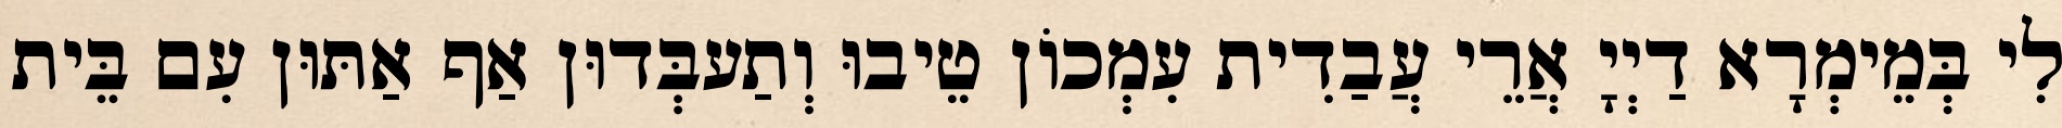
לִי בְּמֵימְרָא דַיְיָ אֲרֵי עֲבַדִית עִמְכוֹן טֵיבוּ וְתַעבְּדוּן אַף אַתּוּן עִם בֵּית